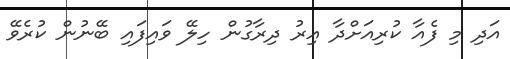
އަދި މި ފެއާ ކުރިއަށްދާ އިރު ދިރާގުން ހިލޭ ވައިފައި ބޭނުން ކުރެވޭ